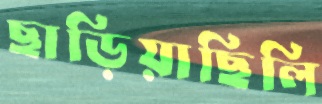
ছাড়িয়াছিলি